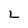
Character: L